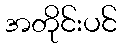
အတိုင်းပင်